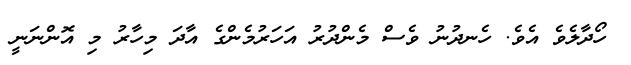
ހޯދާލެވެ އެވެ. ހެނދުނު ވެސް މެންދުރު އަހަަރުމެންގެ އާދަ މިހާރު މި އޮންނަނީ